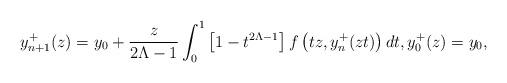
LaTeX: \begin{align*}y^+_{n+1}(z)=y_0+{z\over 2\Lambda-1}\int_0^1\left[1-t^{2\Lambda-1}\right]f\left(tz,y^+_n(zt)\right)dt, y^+_0(z)=y_0,\end{align*}